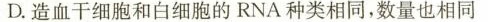
D.造血干细胞和白细胞的RNA种类相同，数量也相同